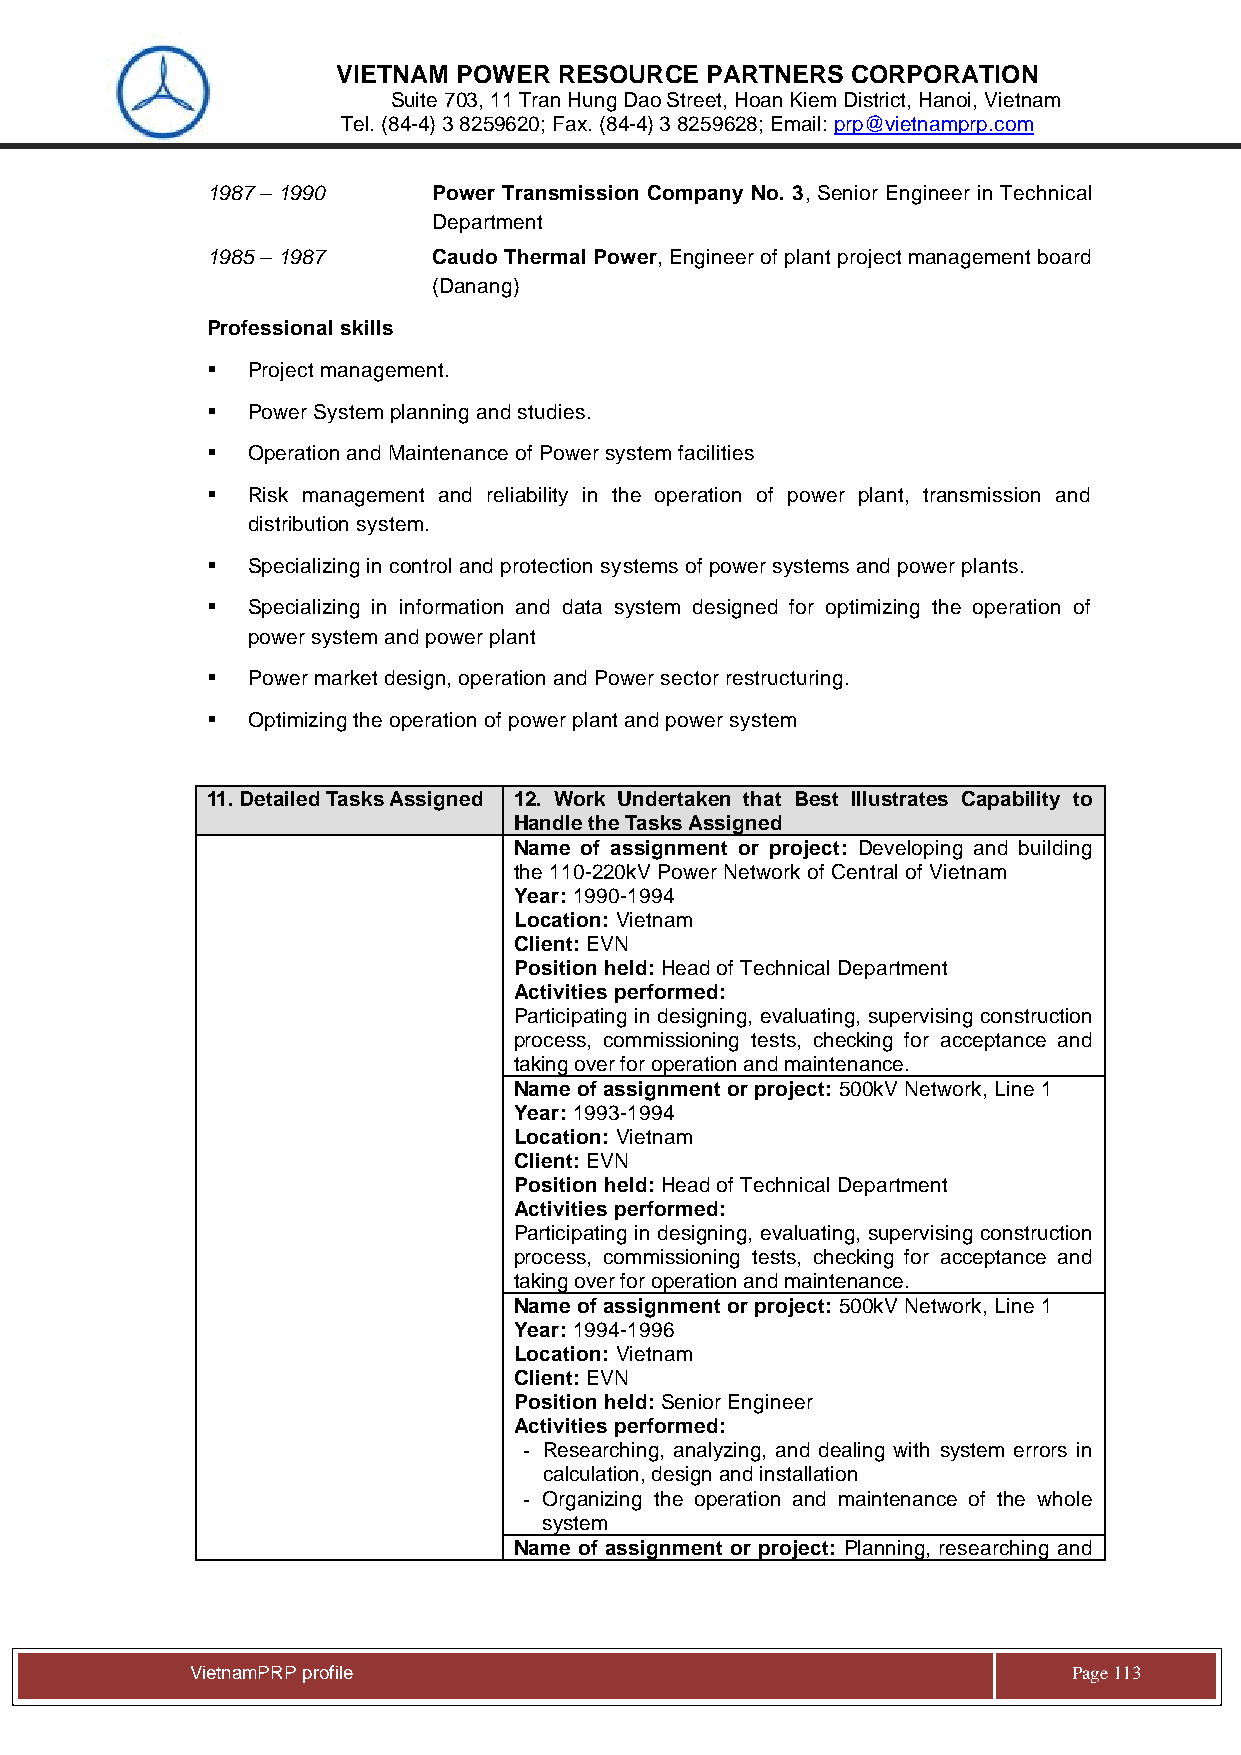
VIETNAM POWER  RESOURCE  PARTNERS CORPORATION
 Suite 703, 11 Tran Hung Dao Street, Hoan Kiem District, Hanoi, Vietnam
 Tel. (84-4) 3 8259620; Fax. (84-4) 3 8259628; Email: prp@vietnamprp.com
 1987 – 1990    Power Transmission Company No. 3, Senior Engineer in Technical
 Department
 1985 – 1987    Caudo Thermal Power, Engineer of plant project management board
 (Danang)
 Professional skills
 ▪ Project management.
 ▪ Power System planning and studies.
 ▪ Operation and Maintenance of Power system facilities
 ▪ Risk management and reliability in the operation of power plant, transmission and
 distribution system.
 ▪ Specializing in control and protection systems of power systems and power plants.
 ▪ Specializing in information and data system designed for optimizing the operation of
 power system and power plant
 ▪ Power market design, operation and Power sector restructuring.
 ▪ Optimizing the operation of power plant and power system
 11. Detailed Tasks Assigned 12. Work Undertaken that Best Illustrates Capability to
 Handle the Tasks Assigned
 Name of assignment or project: Developing and building
 the 110-220kV Power Network of Central of Vietnam
 Year: 1990-1994
 Location: Vietnam
 Client: EVN
 Position held: Head of Technical Department
 Activities performed:
 Participating in designing, evaluating, supervising construction
 process, commissioning tests, checking for acceptance and
 taking over for operation and maintenance.
 Name of assignment or project: 500kV Network, Line 1
 Year: 1993-1994
 Location: Vietnam
 Client: EVN
 Position held: Head of Technical Department
 Activities performed:
 Participating in designing, evaluating, supervising construction
 process, commissioning tests, checking for acceptance and
 taking over for operation and maintenance.
 Name of assignment or project: 500kV Network, Line 1
 Year: 1994-1996
 Location: Vietnam
 Client: EVN
 Position held: Senior Engineer
 Activities performed:
 - Researching, analyzing, and dealing with system errors in
 calculation, design and installation
 - Organizing the operation and maintenance of the whole
 system
 Name of assignment or project: Planning, researching and
 Vie tnamPRP profile                                       Page 113